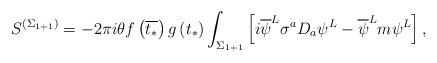
LaTeX: \begin{align*}S^{\left( \Sigma _{1+1}\right) }=-2\pi i\theta f\left( \overline{t_{*}}\right) g\left( t_{*}\right) \int _{\Sigma _{1+1}}\left[ i\overline{\psi }^{L}\sigma ^{a}D_{a}\psi ^{L}-\overline{\psi }^{L}m\psi ^{L}\right] ,\end{align*}